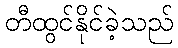
တီထွင်နိုင်ခဲ့သည်